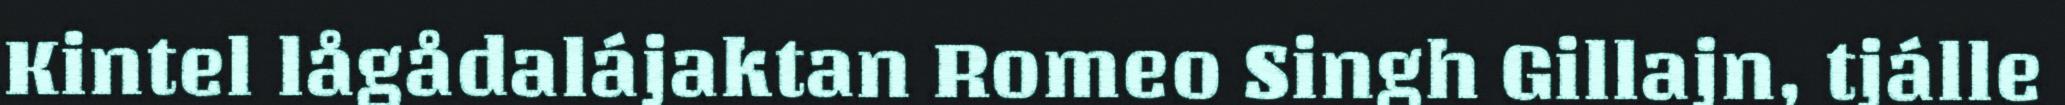
Kintel lågådalájaktan Romeo Singh Gillajn, tjálle